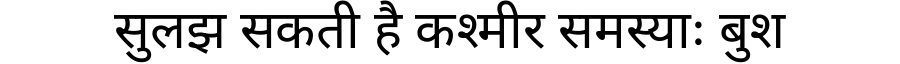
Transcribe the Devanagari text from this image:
सुलझ सकती है कश्मीर समस्याः बुश